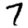
Digit: 7